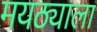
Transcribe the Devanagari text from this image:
मयठ्याला